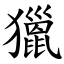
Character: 獵